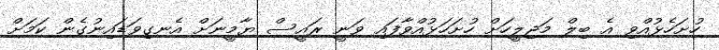
ހުށަހެޅުއްވި އެ ބިލް މަޖިލީހަށް ހުށަހަޅުއްވާފައި ވަނީ ރައީސް ޔާމީނަށް އެނގިވަޑައިނުގެން ކަމަށް